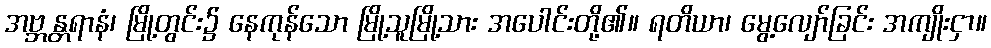
အဗ္ဘန္တရာနံ၊ မြို့တွင်း၌ နေကုန်သော မြို့သူမြို့သား အပေါင်းတို့၏။ ရတိယာ၊ မွေ့လျော်ခြင်း အကျိုးငှာ။